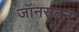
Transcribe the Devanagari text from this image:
जॉनसटन